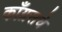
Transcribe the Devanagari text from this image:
काँग्रसचे